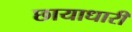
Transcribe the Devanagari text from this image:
छायाधारी